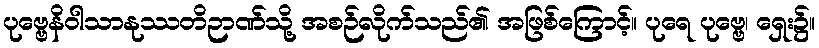
ပုဗ္ဗေနိဝါသာနုဿတိဉာဏ်သို့ အစဉ်လိုက်သည်၏ အဖြစ်ကြောင့်။ ပုရေ ပုဗ္ဗေ၊ ရှေး၌။